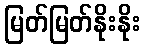
မြတ်မြတ်နိုးနိုး